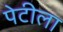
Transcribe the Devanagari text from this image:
पेटीला